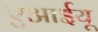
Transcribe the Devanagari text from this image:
एआईयू